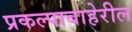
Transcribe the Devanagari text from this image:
प्रकल्पाबाहेरील